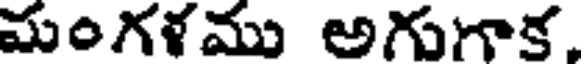
మంగళము అగుగాక.